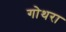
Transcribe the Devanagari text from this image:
गोथरा